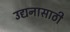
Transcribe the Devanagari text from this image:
उद्यनासाठी